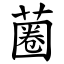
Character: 蔨